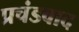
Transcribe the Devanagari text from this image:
प्रचंडवाद